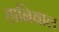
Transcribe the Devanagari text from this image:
हानिबाल